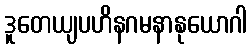
ဒူတေယျပဟိနဂမနာနုယောဂါ